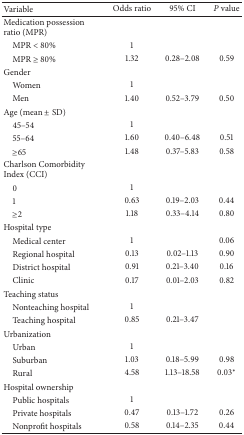
<table><thead><tr><td><b>Variable</b></td><td><b>Odds ratio</b></td><td><b>95% CI </b></td><td><b><i>P</i> value</b></td></tr></thead><tbody><tr><td>Medication possession ratio (MPR)</td><td> </td><td> </td><td> </td></tr><tr><td> MPR &lt; 80%</td><td>1</td><td> </td><td> </td></tr><tr><td> MPR ≥ 80%</td><td>1.32</td><td>0.28–2.08</td><td>0.59</td></tr><tr><td>Gender</td><td> </td><td> </td><td> </td></tr><tr><td> Women</td><td>1</td><td> </td><td> </td></tr><tr><td> Men</td><td>1.40</td><td>0.52–3.79</td><td>0.50</td></tr><tr><td>Age (mean ± SD)</td><td> </td><td> </td><td> </td></tr><tr><td> 45–54</td><td>1</td><td> </td><td> </td></tr><tr><td> 55–64</td><td>1.60</td><td>0.40–6.48</td><td>0.51</td></tr><tr><td> ≥65</td><td>1.48</td><td>0.37–5.83</td><td>0.58</td></tr><tr><td>Charlson Comorbidity Index (CCI)</td><td> </td><td> </td><td> </td></tr><tr><td> 0 </td><td>1</td><td> </td><td> </td></tr><tr><td> 1</td><td>0.63</td><td>0.19–2.03</td><td>0.44</td></tr><tr><td> ≥2</td><td>1.18</td><td>0.33–4.14</td><td>0.80</td></tr><tr><td>Hospital type</td><td> </td><td> </td><td> </td></tr><tr><td> Medical center</td><td>1</td><td> </td><td>0.06</td></tr><tr><td> Regional hospital</td><td>0.13</td><td>0.02–1.13</td><td>0.90</td></tr><tr><td> District hospital</td><td>0.91</td><td>0.21–3.40</td><td>0.16</td></tr><tr><td> Clinic</td><td>0.17</td><td>0.01–2.03</td><td>0.82</td></tr><tr><td>Teaching status</td><td> </td><td> </td><td> </td></tr><tr><td> Nonteaching hospital</td><td>1</td><td> </td><td> </td></tr><tr><td> Teaching hospital</td><td>0.85</td><td>0.21–3.47</td><td> </td></tr><tr><td>Urbanization </td><td> </td><td> </td><td> </td></tr><tr><td> Urban</td><td>1</td><td> </td><td> </td></tr><tr><td> Suburban</td><td>1.03</td><td>0.18–5.99</td><td>0.98</td></tr><tr><td> Rural</td><td>4.58</td><td>1.13–18.58</td><td>0.03<sup><i>∗</i></sup></td></tr><tr><td>Hospital ownership</td><td> </td><td> </td><td> </td></tr><tr><td> Public hospitals</td><td>1</td><td> </td><td> </td></tr><tr><td> Private hospitals</td><td>0.47</td><td>0.13–1.72</td><td>0.26</td></tr><tr><td> Nonprofit hospitals</td><td>0.58</td><td>0.14–2.35</td><td>0.44</td></tr></tbody></table>